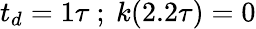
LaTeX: t_{d}=1\tau\ ;\ k(2.2\tau)=0